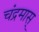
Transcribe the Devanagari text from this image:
चंद्रमास्